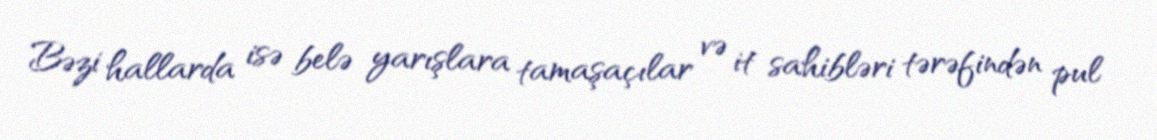
Bəzi hallarda isə belə yarışlara tamaşaçılar və it sahibləri tərəfindən pul